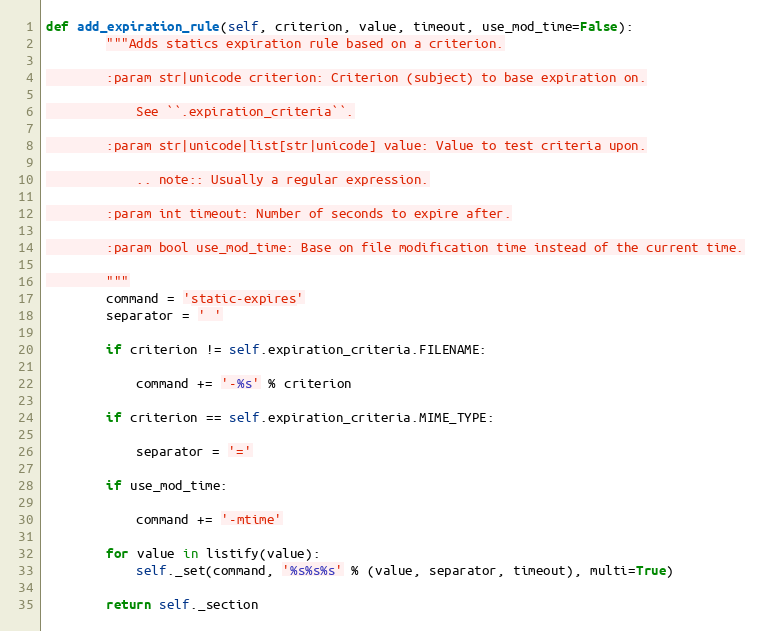
Language: Python
def add_expiration_rule(self, criterion, value, timeout, use_mod_time=False):
        """Adds statics expiration rule based on a criterion.

        :param str|unicode criterion: Criterion (subject) to base expiration on.

            See ``.expiration_criteria``.

        :param str|unicode|list[str|unicode] value: Value to test criteria upon.

            .. note:: Usually a regular expression.

        :param int timeout: Number of seconds to expire after.

        :param bool use_mod_time: Base on file modification time instead of the current time.

        """
        command = 'static-expires'
        separator = ' '

        if criterion != self.expiration_criteria.FILENAME:

            command += '-%s' % criterion

        if criterion == self.expiration_criteria.MIME_TYPE:

            separator = '='

        if use_mod_time:

            command += '-mtime'

        for value in listify(value):
            self._set(command, '%s%s%s' % (value, separator, timeout), multi=True)

        return self._section